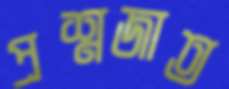
প্রশ্নজাত